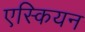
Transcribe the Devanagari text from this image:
एस्कियन